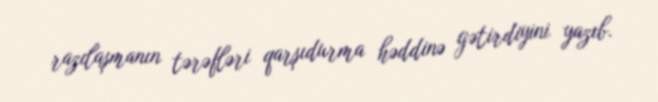
razılaşmanın tərəfləri qarşıdurma həddinə gətirdiyini yazıb.